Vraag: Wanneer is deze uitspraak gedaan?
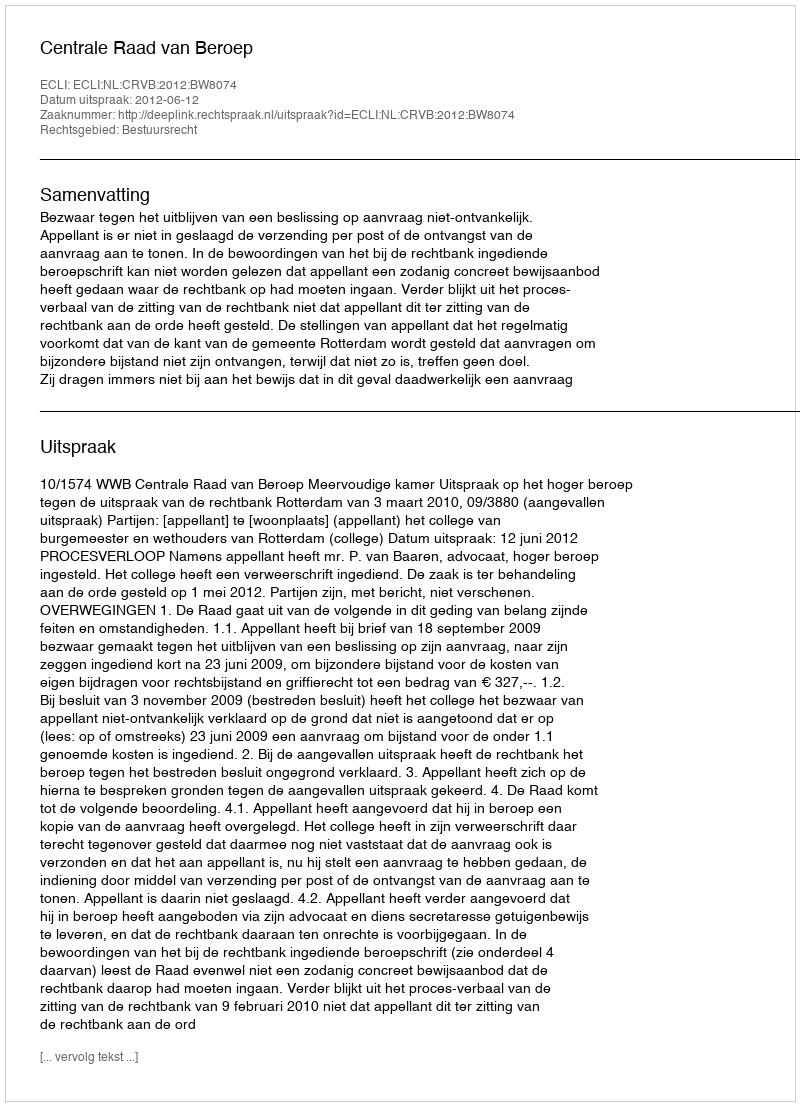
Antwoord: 2012-06-12